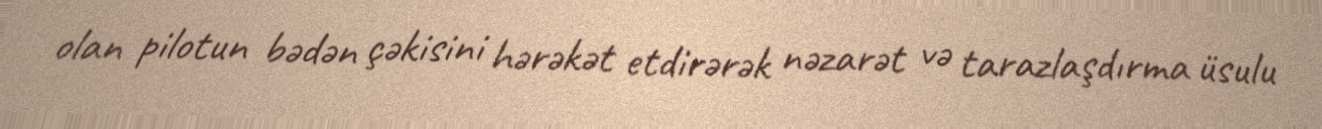
olan pilotun bədən çəkisini hərəkət etdirərək nəzarət və tarazlaşdırma üsulu